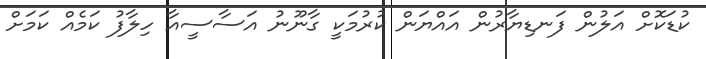
ކުޑަކޮށް އަލުން ފަނޑިޔާރުން އައްޔަން ކުރުމަކީ ގާނޫނު އަސާސީއާ ހިލާފު ކަމެއް ކަމަށް